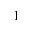
1